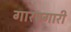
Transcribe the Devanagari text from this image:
गारपगारी